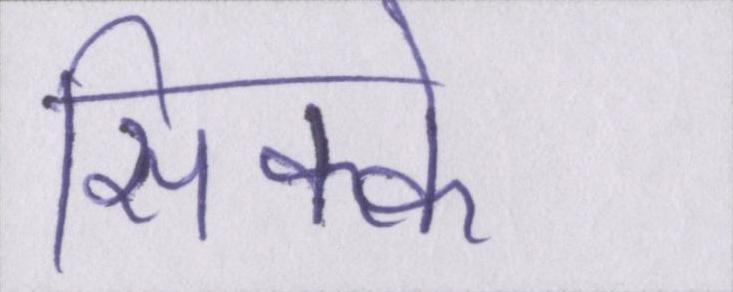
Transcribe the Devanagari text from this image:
सिक्के